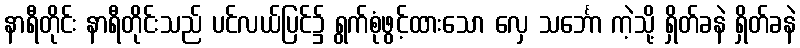
နာရီတိုင်း နာရီတိုင်းသည် ပင်လယ်ပြင်၌ ရွက်စုံဖွင့်ထားသော လှေ သင်္ဘော ကဲ့သို့ ရှိတ်ခနဲ ရှိတ်ခနဲ